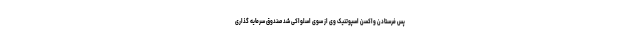
پس فرستادن واکسن اسپوتنیک وی از سوی اسلواکی شد صندوق سرمایه گذاری